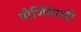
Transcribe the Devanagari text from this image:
पौर्णिमेसही